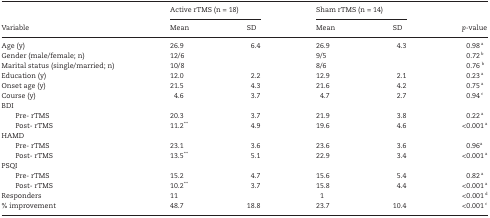
<table><thead><tr><td rowspan="2"><b>Variable</b></td><td colspan="2"><b>Active rTMS (n = 18)</b></td><td colspan="2"><b>Sham rTMS (n = 14)</b></td><td></td></tr><tr><td><b>Mean</b></td><td><b>SD</b></td><td><b>Mean</b></td><td><b>SD</b></td><td><b><i>p</i>-value</b></td></tr></thead><tbody><tr><td>Age (y)</td><td>26.9</td><td>6.4</td><td>26.9</td><td>4.3</td><td>0.98 <sup>a</sup></td></tr><tr><td>Gender (male/female; n)</td><td>12/6</td><td></td><td>9/5</td><td></td><td>0.72 <sup>b</sup></td></tr><tr><td>Marital status (single/married; n)</td><td>10/8</td><td></td><td>8/6</td><td></td><td>0.76 <sup>b</sup></td></tr><tr><td>Education (y)</td><td>12.0</td><td>2.2</td><td>12.9</td><td> 2.1</td><td>0.23 <sup>a</sup></td></tr><tr><td>Onset age (y)</td><td>21.5</td><td>4.3</td><td>21.6</td><td>4.2</td><td>0.75 <sup>a</sup></td></tr><tr><td>Course (y)</td><td>4.6</td><td>3.7</td><td>4.7</td><td>2.7</td><td>0.94 <sup>c</sup></td></tr><tr><td colspan="6">BDI</td></tr><tr><td>Pre- rTMS</td><td>20.3</td><td>3.7</td><td>21.9</td><td>3.8</td><td>0.22 <sup>a</sup></td></tr><tr><td>Post- rTMS</td><td>11.2<sup>***</sup></td><td>4.9</td><td>19.6</td><td>4.6</td><td>&lt;0.001 <sup>a</sup></td></tr><tr><td colspan="6">HAMD</td></tr><tr><td>Pre- rTMS</td><td>23.1</td><td>3.6</td><td>23.6</td><td>3.6</td><td>0.96<sup>a</sup></td></tr><tr><td>Post- rTMS</td><td>13.5<sup>***</sup></td><td>5.1</td><td>22.9</td><td>3.4</td><td>&lt;0.001 <sup>a</sup></td></tr><tr><td colspan="6">PSQI</td></tr><tr><td>Pre- rTMS</td><td>15.2</td><td>4.7</td><td>15.6</td><td>5.4</td><td>0.82 <sup>a</sup></td></tr><tr><td>Post- rTMS</td><td>10.2<sup>***</sup></td><td>3.7</td><td>15.8</td><td>4.4</td><td>&lt;0.001 <sup>a</sup></td></tr><tr><td>Responders</td><td>11</td><td></td><td>1</td><td></td><td>&lt;0.001 <sup>d</sup></td></tr><tr><td>% improvement</td><td>48.7</td><td>18.8</td><td>23.7</td><td>10.4</td><td>&lt;0.001 <sup>c</sup></td></tr></tbody></table>